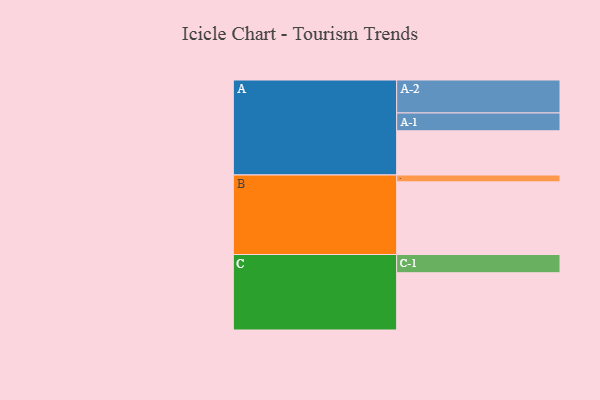
{"axis": {"x": "Segment", "y": "Value"}, "legend": ["", "A", "B", "C"], "data": [{"x": "A", "y": 342, "type": ""}, {"x": "B", "y": 562, "type": ""}, {"x": "C", "y": 443, "type": ""}, {"x": "A-1", "y": 138, "type": "A"}, {"x": "A-2", "y": 255, "type": "A"}, {"x": "B-1", "y": 53, "type": "B"}, {"x": "C-1", "y": 141, "type": "C"}]}